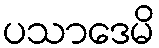
ပသာဒေမိ